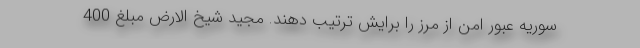
سوریه عبور امن از مرز را برایش ترتیب دهند. مجید شیخ الارض مبلغ 400